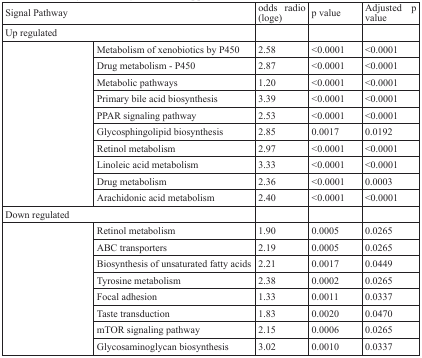
<table><thead><tr><td colspan="2"><b>Signal Pathway</b></td><td><b>odds radio (loge)</b></td><td><b>p value</b></td><td><b>Adjusted p value</b></td></tr></thead><tbody><tr><td colspan="2">Up regulated</td><td></td><td></td><td></td></tr><tr><td rowspan="10"></td><td>Metabolism of xenobiotics by P450</td><td>2.58</td><td>&lt;0.0001</td><td>&lt;0.0001</td></tr><tr><td>Drug metabolism - P450</td><td>2.87</td><td>&lt;0.0001</td><td>&lt;0.0001</td></tr><tr><td>Metabolic pathways</td><td>1.20</td><td>&lt;0.0001</td><td>&lt;0.0001</td></tr><tr><td>Primary bile acid biosynthesis</td><td>3.39</td><td>&lt;0.0001</td><td>&lt;0.0001</td></tr><tr><td>PPAR signaling pathway</td><td>2.53</td><td>&lt;0.0001</td><td>&lt;0.0001</td></tr><tr><td>Glycosphingolipid biosynthesis</td><td>2.85</td><td>0.0017</td><td>0.0192</td></tr><tr><td>Retinol metabolism</td><td>2.97</td><td>&lt;0.0001</td><td>&lt;0.0001</td></tr><tr><td>Linoleic acid metabolism</td><td>3.33</td><td>&lt;0.0001</td><td>&lt;0.0001</td></tr><tr><td>Drug metabolism</td><td>2.36</td><td>&lt;0.0001</td><td>0.0003</td></tr><tr><td>Arachidonic acid metabolism</td><td>2.40</td><td>&lt;0.0001</td><td>&lt;0.0001</td></tr><tr><td>Down regulated</td><td></td><td></td><td></td><td></td></tr><tr><td rowspan="8"></td><td>Retinol metabolism</td><td>1.90</td><td>0.0005</td><td>0.0265</td></tr><tr><td>ABC transporters</td><td>2.19</td><td>0.0005</td><td>0.0265</td></tr><tr><td>Biosynthesis of unsaturated fatty acids</td><td>2.21</td><td>0.0017</td><td>0.0449</td></tr><tr><td>Tyrosine metabolism</td><td>2.38</td><td>0.0002</td><td>0.0265</td></tr><tr><td>Focal adhesion</td><td>1.33</td><td>0.0011</td><td>0.0337</td></tr><tr><td>Taste transduction</td><td>1.83</td><td>0.0020</td><td>0.0470</td></tr><tr><td>mTOR signaling pathway</td><td>2.15</td><td>0.0006</td><td>0.0265</td></tr><tr><td>Glycosaminoglycan biosynthesis</td><td>3.02</td><td>0.0010</td><td>0.0337</td></tr></tbody></table>